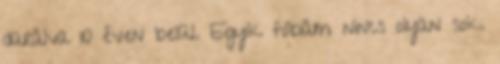
darálva 10 éven belül. Egyik fóbiám nincs olyan sok.